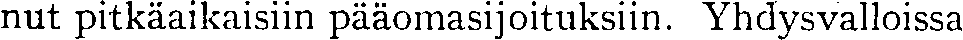
nut pitkäaikaisiin pääomasijoituksiin. Yhdysvalloissa